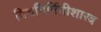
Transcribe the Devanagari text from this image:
विश्वनिर्मितीशास्त्र